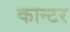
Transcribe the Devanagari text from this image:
कान्टर